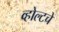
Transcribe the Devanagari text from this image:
व्होल्टचे